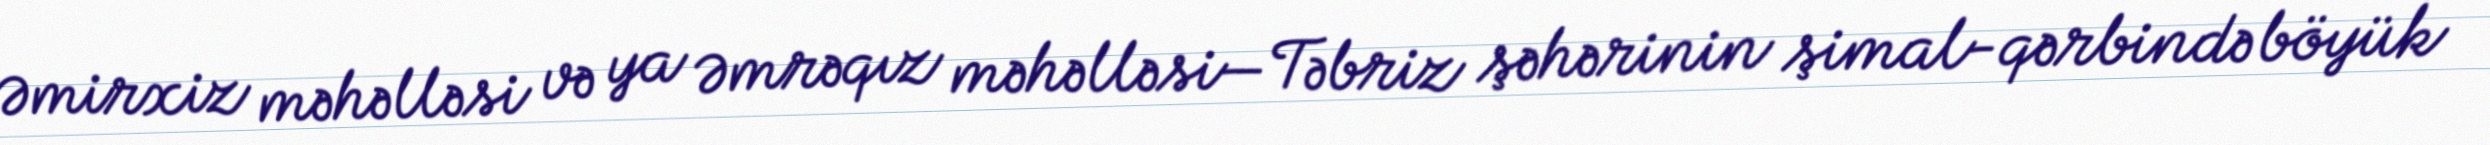
Əmirxiz məhəlləsi və ya Əmrəqız məhəlləsi—Təbriz şəhərinin şimal-qərbində böyük